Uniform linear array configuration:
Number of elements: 16
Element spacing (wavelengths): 1
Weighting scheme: hamming
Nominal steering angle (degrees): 30
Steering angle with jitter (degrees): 28.84
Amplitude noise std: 0.05
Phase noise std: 0.05

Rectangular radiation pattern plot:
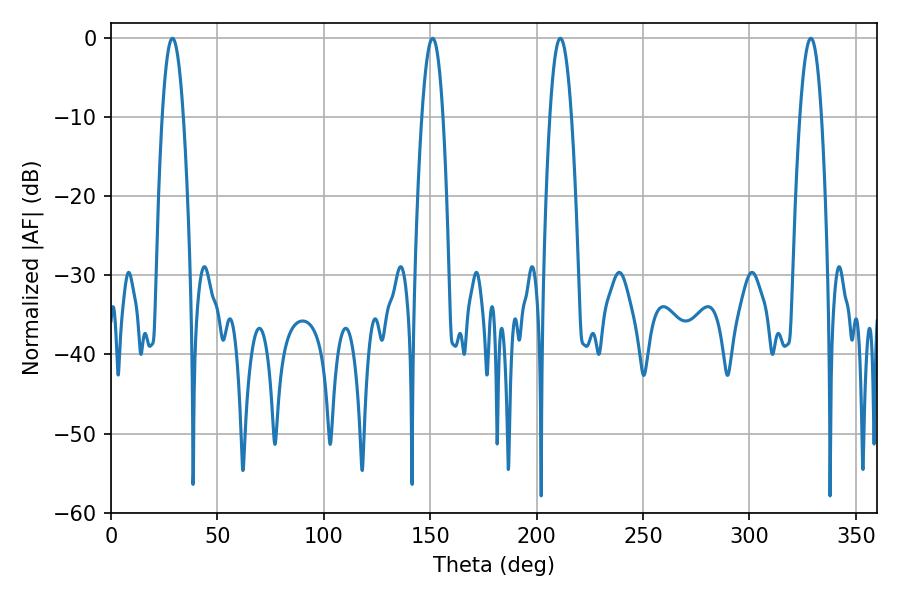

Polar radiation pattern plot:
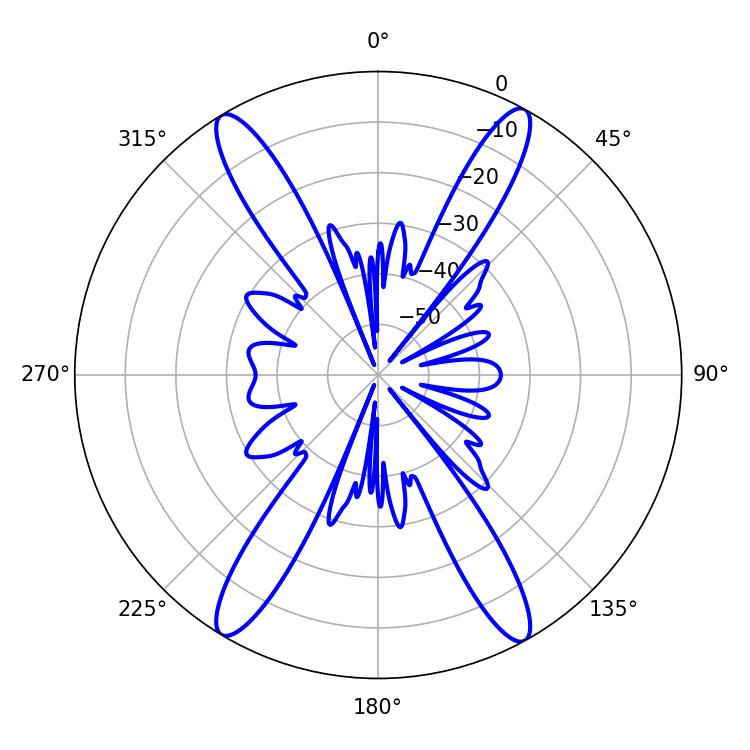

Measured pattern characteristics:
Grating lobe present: TRUE
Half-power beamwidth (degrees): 5.58
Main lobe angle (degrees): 211.14